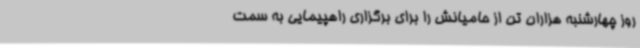
روز چهارشنبه هزاران تن از حامیانش را برای برگزاری راهپیمایی به سمت